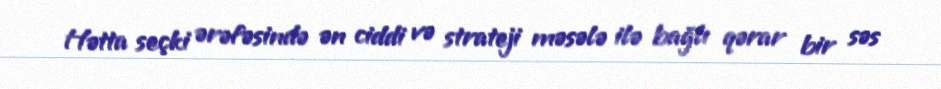
Hətta seçki ərəfəsində ən ciddi və strateji məsələ ilə bağlı qərar bir səs